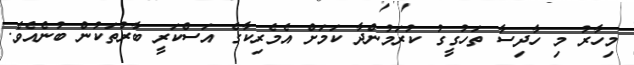
މިހާރު މި ހާދިސާ ތަހުގީގު ކުރަމުންދާ ކަމަށް އެމެރިކާގެ އަސްކަރީ ބާރުތަކުން ބުނެއެވެ.